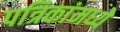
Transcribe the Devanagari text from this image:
पत्रिकांमध्ये